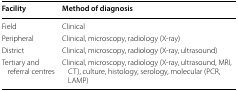
| Facility | Method of diagnosis |
 | --- | --- |
 | Field | Clinical |
 | Peripheral | Clinical, microscopy, radiology (X-ray) |
 | District | Clinical, microscopy, radiology (X-ray, ultrasound) |
 | Tertiary and referral centres | Clinical, microscopy, radiology (X-ray, ultrasound, MRI, CT), culture, histology, serology, molecular (PCR, LAMP) |